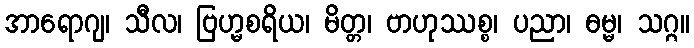
အာရောဂျ၊ သီလ၊ ဗြဟ္မစရိယ၊ မိတ္တ၊ ဗာဟုဿစ္စ၊ ပညာ၊ ဓမ္မ၊ သဂ္ဂ။